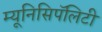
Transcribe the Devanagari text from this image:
म्यूनिसिपॅलिटी